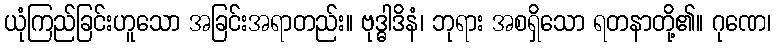
ယုံကြည်ခြင်းဟူသော အခြင်းအရာတည်း။ ဗုဒ္ဓါဒိနံ၊ ဘုရား အစရှိသော ရတနာတို့၏။ ဂုဏေ၊